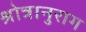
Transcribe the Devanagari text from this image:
श्रोत्रानुराग